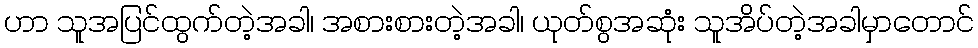
ဟာ သူအပြင်ထွက်တဲ့အခါ၊ အစားစားတဲ့အခါ၊ ယုတ်စွအဆုံး သူအိပ်တဲ့အခါမှာတောင်